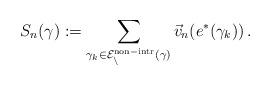
LaTeX: \begin{align*}S_n(\gamma) := \sum_{\gamma_k \in \cal E_n^{\rm non-intr}(\gamma)}\vec v_n(e^*(\gamma_k)) \, .\end{align*}